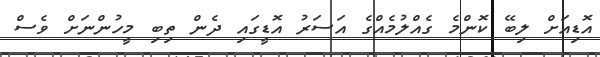
އޮޑިއަށް ލިބޭ ކޮންމެ ގެއްލުމެއްގެ އަސަރު އޮޑީގައި ދެން ތިބި މީހުންނަށް ވެސް